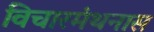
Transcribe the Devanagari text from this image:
विचारमंथनास